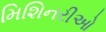
મિશિનરીઓ